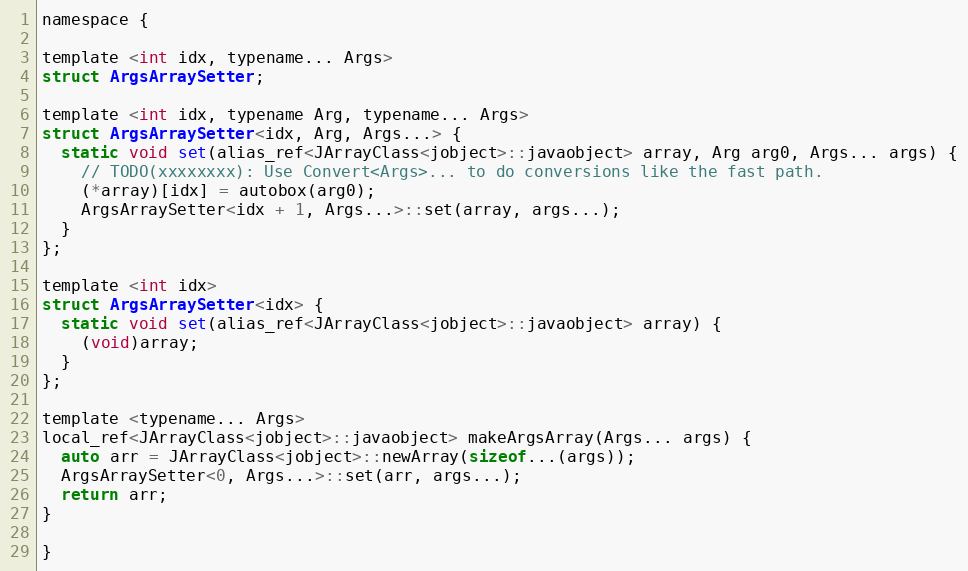
Language: C
namespace {

template <int idx, typename... Args>
struct ArgsArraySetter;

template <int idx, typename Arg, typename... Args>
struct ArgsArraySetter<idx, Arg, Args...> {
  static void set(alias_ref<JArrayClass<jobject>::javaobject> array, Arg arg0, Args... args) {
    // TODO(xxxxxxxx): Use Convert<Args>... to do conversions like the fast path.
    (*array)[idx] = autobox(arg0);
    ArgsArraySetter<idx + 1, Args...>::set(array, args...);
  }
};

template <int idx>
struct ArgsArraySetter<idx> {
  static void set(alias_ref<JArrayClass<jobject>::javaobject> array) {
    (void)array;
  }
};

template <typename... Args>
local_ref<JArrayClass<jobject>::javaobject> makeArgsArray(Args... args) {
  auto arr = JArrayClass<jobject>::newArray(sizeof...(args));
  ArgsArraySetter<0, Args...>::set(arr, args...);
  return arr;
}

}